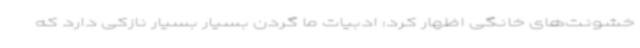
خشونت‌های خانگی اظهار کرد: ادبیات ما گردن بسیار بسیار نازکی دارد که